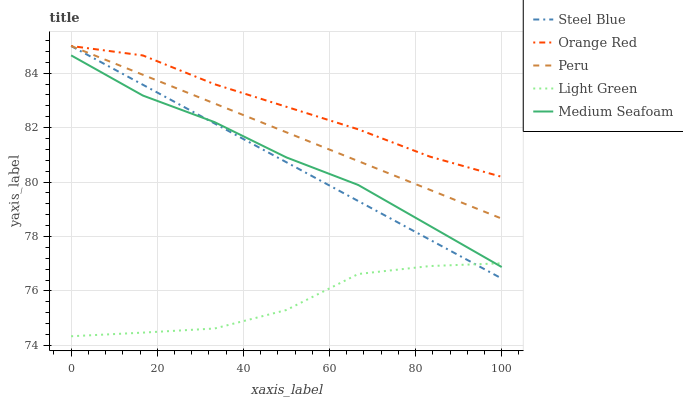
| xaxis_label | Steel Blue | Orange Red | Peru | Light Green | Medium Seafoam |
 | --- | --- | --- | --- | --- | --- |
 | 0 | 85 | 85 | 85 | 74.3 | 84.7 |
 | 16.7 | 83.6 | 84.7 | 83.9 | 74.5 | 83.2 |
 | 33.3 | 82.2 | 83.6 | 82.9 | 74.6 | 82.2 |
 | 50 | 80.7 | 82.8 | 81.8 | 75.3 | 80.9 |
 | 66.7 | 79.3 | 81.9 | 80.8 | 76.6 | 79.9 |
 | 83.3 | 77.9 | 80.9 | 79.7 | 76.9 | 78.4 |
 | 100 | 76.5 | 80.2 | 78.7 | 77 | 76.9 |